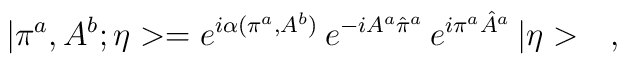
|\pi^a,A^b;\eta>=e^{i\alpha(\pi^a,A^b)}\,e^{-iA^a\hat{\pi}^a}\,e^{i\pi^a\hat{A}^a}\,|\eta>\ \ \ ,